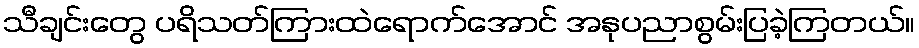
သီချင်းတွေ ပရိသတ်ကြားထဲရောက်အောင် အနုပညာစွမ်းပြခဲ့ကြတယ်။